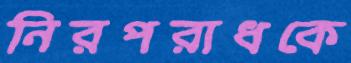
নিরপরাধকে